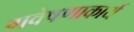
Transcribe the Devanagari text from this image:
गवेषणाकार्य